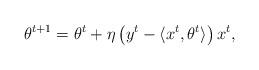
LaTeX: \begin{align*} \theta^{t+1} &= \theta^{t} +\eta \left(y^t - \langle x^t ,\theta^{t} \rangle \right) x^t, \end{align*}